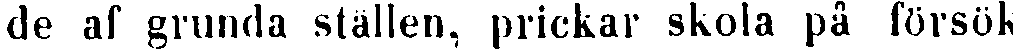
de af grunda ställen, prickar skola på försök